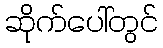
ဆိုက်ပေါ်တွင်